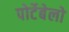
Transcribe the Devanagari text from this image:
पोर्टेबेलो